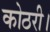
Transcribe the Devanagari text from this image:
कोठरी।